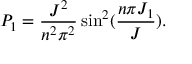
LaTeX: P _ { 1 } = \frac { J ^ { 2 } } { n ^ { 2 } \pi ^ { 2 } } \sin ^ { 2 } ( \frac { n \pi J _ { 1 } } { J } ) .